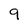
Character: q